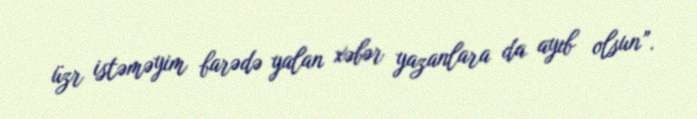
üzr istəməyim barədə yalan xəbər yazanlara da ayıb olsun”.